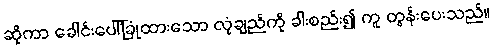
ဆိုကာ ခေါင်းပေါ်ခြုံထားသော လုံချည်ကို ခါးစည်း၍ ကူ တွန်းပေးသည်။